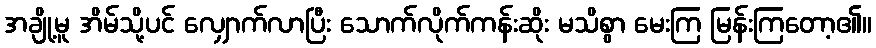
အချို့မူ အိမ်သို့ပင် လျှောက်လာပြီး သောက်လိုက်ကန်းဆိုး မသိစွာ မေးကြ မြန်းကြတော့၏။